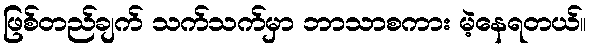
ဖြစ်တည်ချက် သက်သက်မှာ ဘာသာစကား မဲ့နေရတယ်။